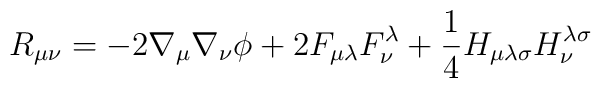
R_{\mu\nu} = -2\nabla_{\mu}\nabla_{\nu} \phi + 2F_{\mu\lambda}F^{\lambda}_{\nu} + \frac{1}{4}H_{\mu\lambda\sigma}H_{\nu}^{\lambda\sigma}